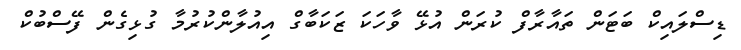
ޑިސްލައިކް ބަޓަން ތައާރާފް ކުރަން އުޅޭ ވާހަކަ ޒަކަބާގް އިއުލާންކުރުމާ ގުޅިގެން ފޭސްބުކް